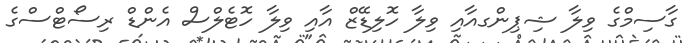
ގާސިމްގެ ވިލާ ޝިޕިންގއާއި ވިލާ ހޮލިޑޭޒް އާއި ވިލާ ހޮޓެލްސް އެންޑް ރިސޯޓްސްގެ